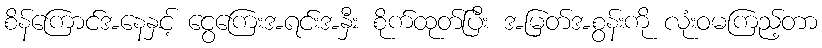
စိန်ကြောင်အနေနှင့် ငွေကြေးအရင်းအနှီး စိုက်ထုတ်ပြီး အမြတ်အစွန်းကို လုံးဝမကြည့်တာ